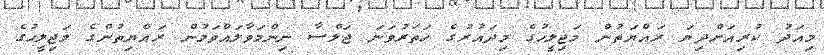
މިއަދު ކުރިއަށްދިޔަ ރައްޔަތުން މަޖިލީހުގެ މިދައުރުގެ ހަތަރުވަނަ ޖަލްސާ ނިންމަވާލައްވަމުން ރައްޔިތުންގެ މަޖިލީހުގެ